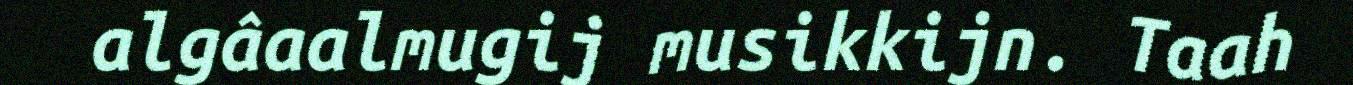
algâaalmugij musikkijn. Taah